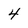
Character: 4